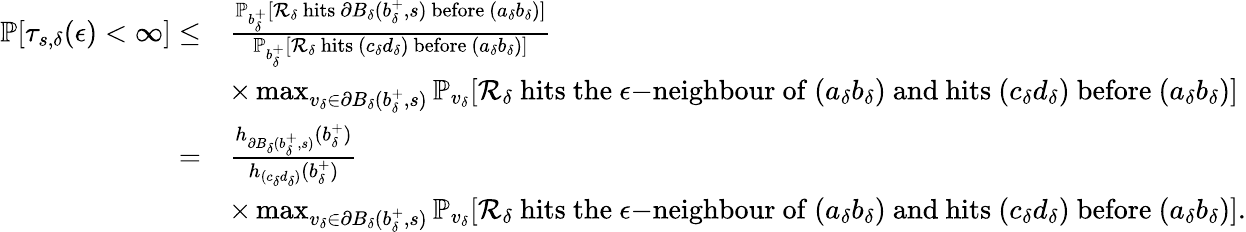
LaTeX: \begin{array}{rl}{\mathbb{P}[\tau_{s,\delta}(\epsilon)<\infty]\le}&{\frac{\mathbb{P}_{b_{\delta}^{+}}[\mathcal{R}_{\delta}\mathrm{~hits~}\partial B_{\delta}(b_{\delta}^{+},s)\mathrm{~before~}(a_{\delta}b_{\delta})]}{\mathbb{P}_{b_{\delta}^{+}}[\mathcal{R}_{\delta}\mathrm{~hits~}(c_{\delta}d_{\delta})\mathrm{~before~}(a_{\delta}b_{\delta})]}}\\ &{\times\operatorname*{max}_{v_{\delta}\in\partial B_{\delta}(b_{\delta}^{+},s)}\mathbb{P}_{v_{\delta}}[\mathcal{R}_{\delta}\mathrm{~hits~the~}\epsilon\mathrm{-neighbour~of~}(a_{\delta}b_{\delta})\mathrm{~and~hits~}(c_{\delta}d_{\delta})\mathrm{~before~}(a_{\delta}b_{\delta})]}\\ {=}&{\frac{h_{\partial B_{\delta}(b_{\delta}^{+},s)}(b_{\delta}^{+})}{h_{(c_{\delta}d_{\delta})}(b_{\delta}^{+})}}\\ &{\times\operatorname*{max}_{v_{\delta}\in\partial B_{\delta}(b_{\delta}^{+},s)}\mathbb{P}_{v_{\delta}}[\mathcal{R}_{\delta}\mathrm{~hits~the~}\epsilon\mathrm{-neighbour~of~}(a_{\delta}b_{\delta})\mathrm{~and~hits~}(c_{\delta}d_{\delta})\mathrm{~before~}(a_{\delta}b_{\delta})].}\end{array}